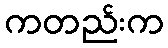
ကတည်းက